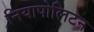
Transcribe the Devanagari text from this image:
नियापोलिटन